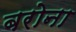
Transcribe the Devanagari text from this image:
बरोना